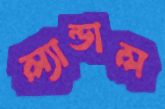
ল্যান্ডাল